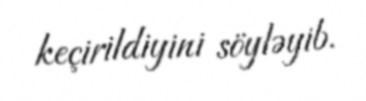
keçirildiyini söyləyib.